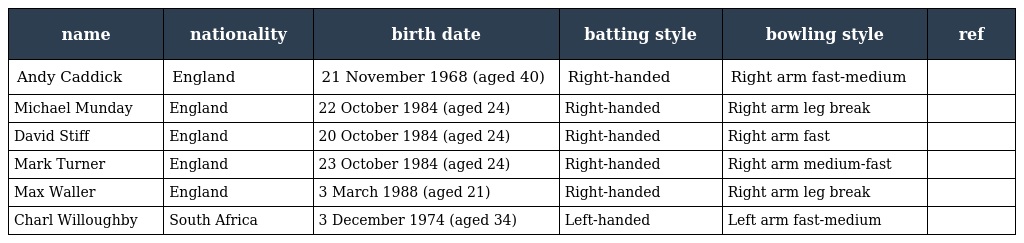
| name | nationality | birth date | batting style | bowling style | ref |
 | --- | --- | --- | --- | --- | --- |
 | Andy Caddick | England | 21 November 1968 (aged 40) | Right-handed | Right arm fast-medium |  |
 | Michael Munday | England | 22 October 1984 (aged 24) | Right-handed | Right arm leg break |  |
 | David Stiff | England | 20 October 1984 (aged 24) | Right-handed | Right arm fast |  |
 | Mark Turner | England | 23 October 1984 (aged 24) | Right-handed | Right arm medium-fast |  |
 | Max Waller | England | 3 March 1988 (aged 21) | Right-handed | Right arm leg break |  |
 | Charl Willoughby | South Africa | 3 December 1974 (aged 34) | Left-handed | Left arm fast-medium |  |